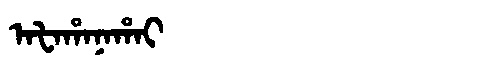
Manchu: ᠠᡶᠠᡥᠠᠨᠠᡥᠠᡳ
Romanization: AFAHANAHAI